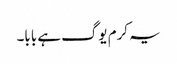
یہ کرم یوگ ہے بابا۔